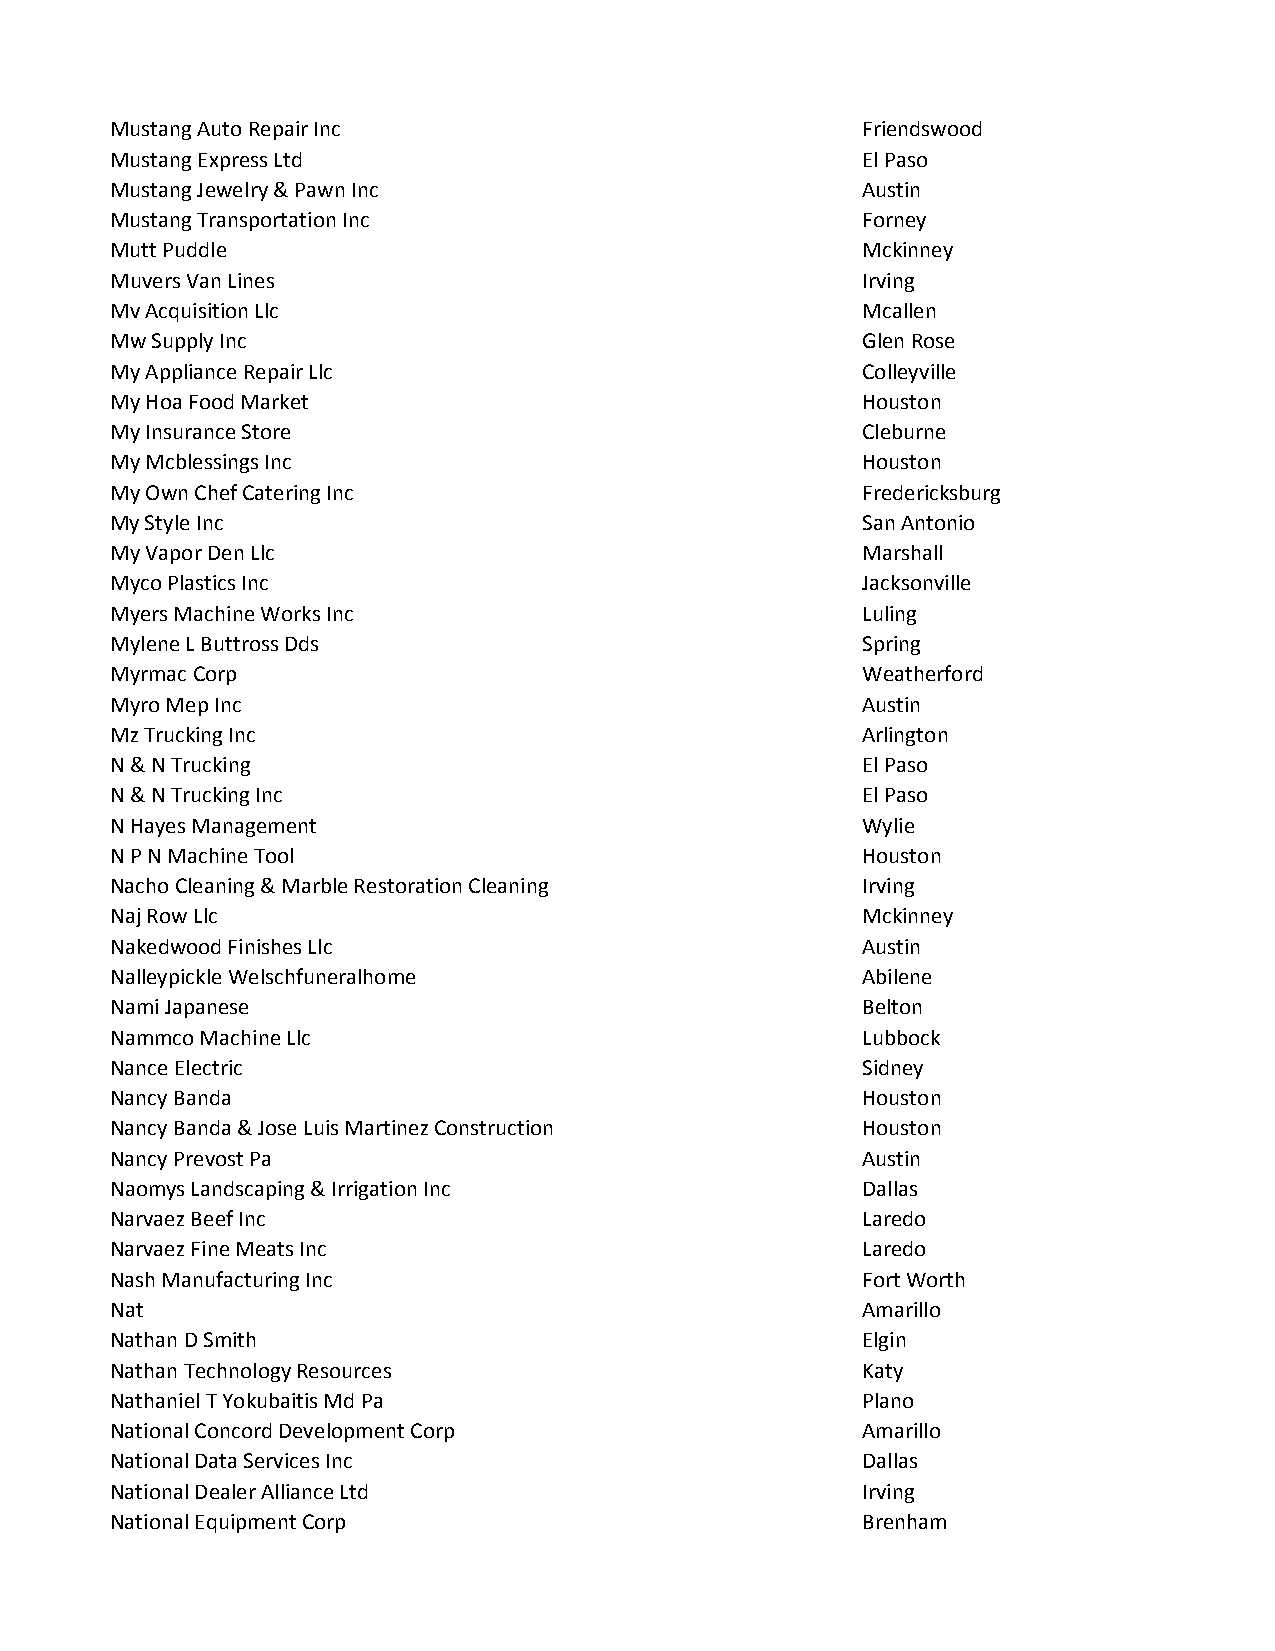
Mustang Auto Repair Inc                           Friendswood
 Mustang Express Ltd                               El Paso
 Mustang Jewelry & Pawn Inc                        Austin
 Mustang Transportation Inc                        Forney
 Mutt Puddle                                       Mckinney
 Muvers Van Lines                                  Irving
 Mv Acquisition Llc                                Mcallen
 Mw Supply Inc                                     Glen Rose
 My Appliance Repair Llc                           Colleyville
 My Hoa Food Market                                Houston
 My Insurance Store                                Cleburne
 My Mcblessings Inc                                Houston
 My Own Chef Catering Inc                          Fredericksburg
 My Style Inc                                      San Antonio
 My Vapor Den Llc                                  Marshall
 Myco Plastics Inc                                 Jacksonville
 Myers Machine Works Inc                           Luling
 Mylene L Buttross Dds                             Spring
 Myrmac Corp                                       Weatherford
 Myro Mep Inc                                      Austin
 Mz Trucking Inc                                   Arlington
 N & N Trucking                                    El Paso
 N & N Trucking Inc                                El Paso
 N Hayes Management                                Wylie
 N P N Machine Tool                                Houston
 Nacho Cleaning & Marble Restoration Cleaning      Irving
 Naj Row Llc                                       Mckinney
 Nakedwood Finishes Llc                            Austin
 Nalleypickle Welschfuneralhome                    Abilene
 Nami Japanese                                     Belton
 Nammco Machine Llc                                Lubbock
 Nance Electric                                    Sidney
 Nancy Banda                                       Houston
 Nancy Banda & Jose Luis Martinez Construction     Houston
 Nancy Prevost Pa                                  Austin
 Naomys Landscaping & Irrigation Inc               Dallas
 Narvaez Beef Inc                                  Laredo
 Narvaez Fine Meats Inc                            Laredo
 Nash Manufacturing Inc                            Fort Worth
 Nat                                               Amarillo
 Nathan D Smith                                    Elgin
 Nathan Technology Resources                       Katy
 Nathaniel T Yokubaitis Md Pa                      Plano
 National Concord Development Corp                 Amarillo
 National Data Services Inc                        Dallas
 National Dealer Alliance Ltd                      Irving
 National Equipment Corp                           Brenham